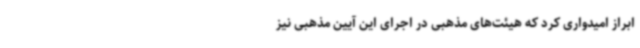
ابراز امیدواری کرد که هیئت‌های مذهبی در اجرای این آیین مذهبی نیز